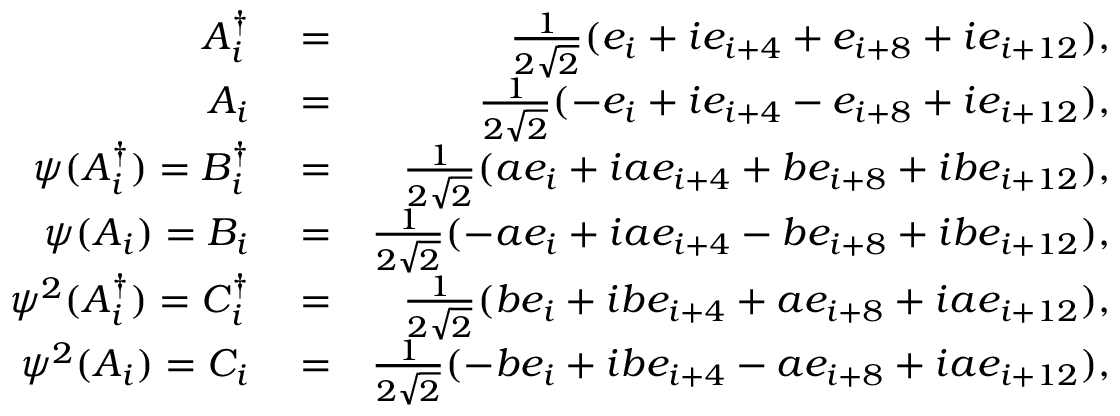
\begin{array} { r l r } { A _ { i } ^ { \dagger } } & { { } = } & { \frac { 1 } { 2 \sqrt { 2 } } ( e _ { i } + i e _ { i + 4 } + e _ { i + 8 } + i e _ { i + 1 2 } ) , } \\ { A _ { i } } & { { } = } & { \frac { 1 } { 2 \sqrt { 2 } } ( - e _ { i } + i e _ { i + 4 } - e _ { i + 8 } + i e _ { i + 1 2 } ) , } \\ { \psi ( A _ { i } ^ { \dagger } ) = B _ { i } ^ { \dagger } } & { { } = } & { \frac { 1 } { 2 \sqrt { 2 } } ( a e _ { i } + i a e _ { i + 4 } + b e _ { i + 8 } + i b e _ { i + 1 2 } ) , } \\ { \psi ( A _ { i } ) = B _ { i } } & { { } = } & { \frac { 1 } { 2 \sqrt { 2 } } ( - a e _ { i } + i a e _ { i + 4 } - b e _ { i + 8 } + i b e _ { i + 1 2 } ) , } \\ { \psi ^ { 2 } ( A _ { i } ^ { \dagger } ) = C _ { i } ^ { \dagger } } & { { } = } & { \frac { 1 } { 2 \sqrt { 2 } } ( b e _ { i } + i b e _ { i + 4 } + a e _ { i + 8 } + i a e _ { i + 1 2 } ) , } \\ { \psi ^ { 2 } ( A _ { i } ) = C _ { i } } & { { } = } & { \frac { 1 } { 2 \sqrt { 2 } } ( - b e _ { i } + i b e _ { i + 4 } - a e _ { i + 8 } + i a e _ { i + 1 2 } ) , } \end{array}